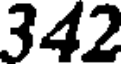
342